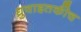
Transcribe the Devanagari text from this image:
ध्रुवाइतकीच